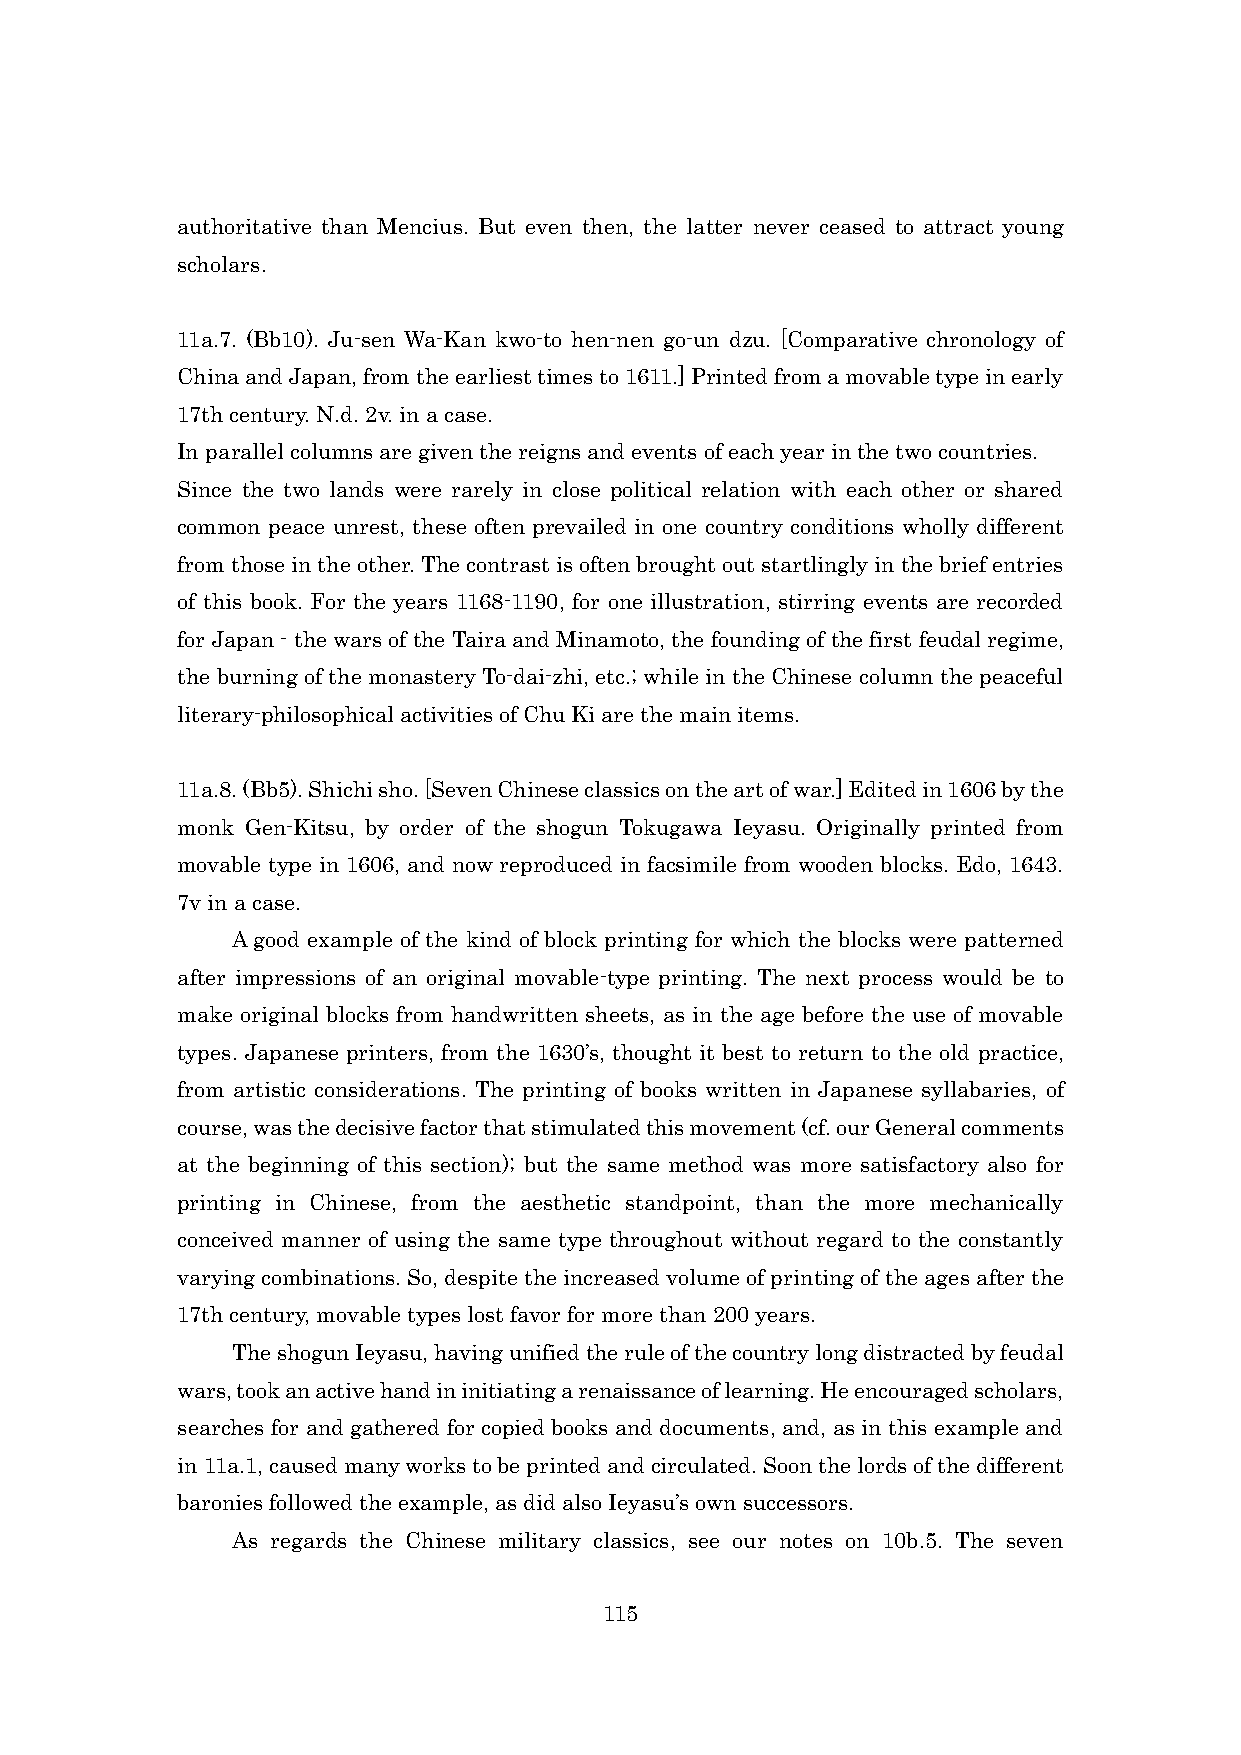
authoritative than Mencius. But even then, the latter never ceased to attract young
 scholars.
 11a.7. (Bb10). Ju-sen Wa-Kan kwo-to hen-nen go-un dzu. [Comparative chronology of
 China and Japan, from the earliest times to 1611.] Printed from a movable type in early
 17th century. N.d. 2v. in a case.
 In parallel columns are given the reigns and events of each year in the two countries.
 Since the two lands were rarely in close political relation with each other or shared
 common peace unrest, these often prevailed in one country conditions wholly different
 from those in the other. The contrast is often brought out startlingly in the brief entries
 of this book. For the years 1168-1190, for one illustration, stirring events are recorded
 for Japan - the wars of the Taira and Minamoto, the founding of the first feudal regime,
 the burning of the monastery To-dai-zhi, etc.; while in the Chinese column the peaceful
 literary-philosophical activities of Chu Ki are the main items.
 11a.8. (Bb5). Shichi sho. [Seven Chinese classics on the art of war.] Edited in 1606 by the
 monk Gen-Kitsu, by order of the shogun Tokugawa Ieyasu. Originally printed from
 movable type in 1606, and now reproduced in facsimile from wooden blocks. Edo, 1643.
 7v in a case.
 A good example of the kind of block printing for which the blocks were patterned
 after impressions of an original movable-type printing. The next process would be to
 make original blocks from handwritten sheets, as in the age before the use of movable
 types. Japanese printers, from the 1630’s, thought it best to return to the old practice,
 from artistic considerations. The printing of books written in Japanese syllabaries, of
 course, was the decisive factor that stimulated this movement (cf. our General comments
 at the beginning of this section); but the same method was more satisfactory also for
 printing in Chinese, from the aesthetic standpoint, than the more mechanically
 conceived manner of using the same type throughout without regard to the constantly
 varying combinations. So, despite the increased volume of printing of the ages after the
 17th century, movable types lost favor for more than 200 years.
 The shogun Ieyasu, having unified the rule of the country long distracted by feudal
 wars, took an active hand in initiating a renaissance of learning. He encouraged scholars,
 searches for and gathered for copied books and documents, and, as in this example and
 in 11a.1, caused many works to be printed and circulated. Soon the lords of the different
 baronies followed the example, as did also Ieyasu’s own successors.
 As regards the Chinese military classics, see our notes on 10b.5. The seven
 115